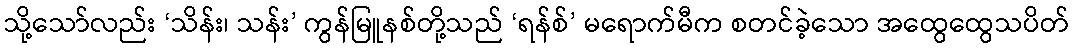
သို့သော်လည်း ‘သိန်း၊ သန်း’ ကွန်မြူနစ်တို့သည် ‘ရန်စ်’ မရောက်မီက စတင်ခဲ့သော အထွေထွေသပိတ်